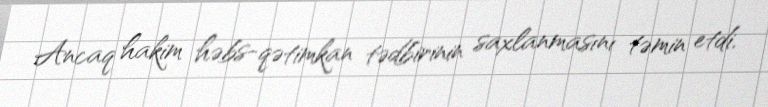
Ancaq hakim həbs-qətimkan tədbirinin saxlanmasını təmin etdi.